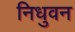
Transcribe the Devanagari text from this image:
निधुवन